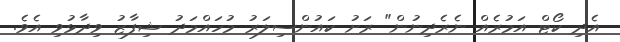
އެދި ކޯޓް އަމުރެއް ނެރެދިނުން" ރަށު ކައުންސިލަރު މުހައްމަދު ޝިފާޒު ވިދާޅުވި އެވެ.